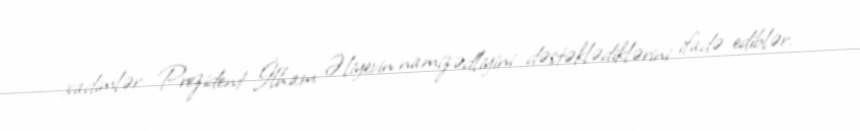
xadimlər Prezident İlham Əliyevin namizədliyini dəstəklədiklərini ifadə ediblər.